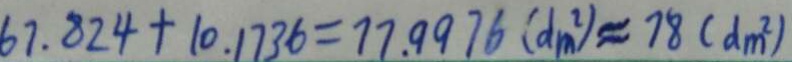
6 7 . 8 2 4 + 1 0 . 1 7 3 6 = 7 7 . 9 9 7 6 ( d m ^ { 2 } ) \approx 7 8 ( d m ^ { 2 } )